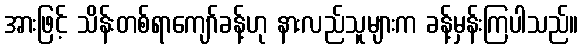
အားဖြင့် သိန်းတစ်ရာကျော်ခန့်ဟု နားလည်သူများက ခန့်မှန်းကြပါသည်။